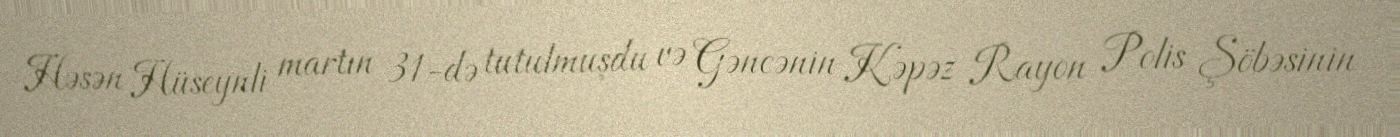
Həsən Hüseynli martın 31-də tutulmuşdu və Gəncənin Kəpəz Rayon Polis Şöbəsinin